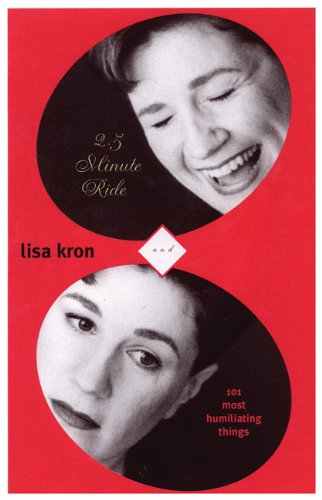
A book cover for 2.5 Minute Ride and 101 Most Humiliating Stories; Lisa Kron; Literature & Fiction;